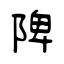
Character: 陴